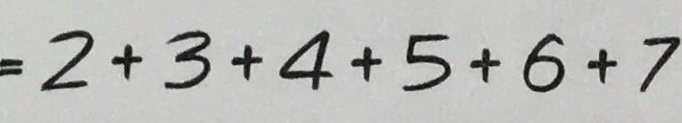
= 2 + 3 + 4 + 5 + 6 + 7